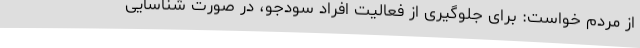
از مردم خواست: برای جلوگیری از فعالیت افراد سودجو، در صورت شناسایی